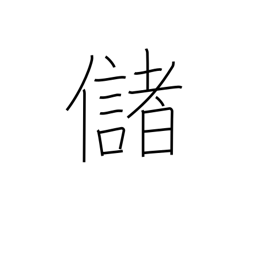
Meaning: yield profit